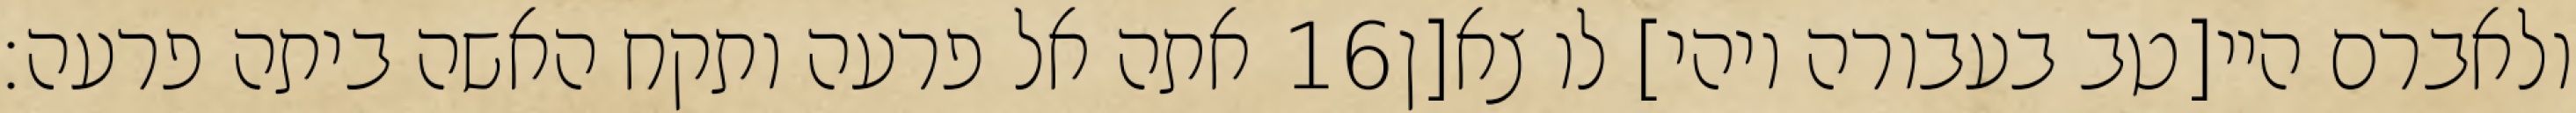
אתה אל פרעה ותקח האשה ביתה פרעה׃ ‎16‏ ולאברם היי[טב בעבורה ויהי] לו צא[ן